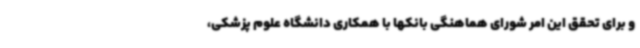
و برای تحقق این امر شورای هماهنگی بانکها با همکاری دانشگاه علوم پزشکی،